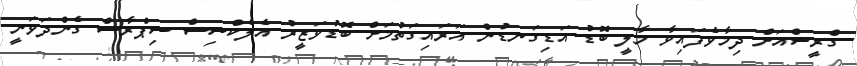
ގްރީސްއަށް ދިމާވެފައިވާ މާލީ ބޮޑު އަޑިގަނޑުން އަރައިގަތުމަށް ބޮޑުވަޒީރު އެލެކްސިސް ސިޕްރާސް ގެންދަވަނީ